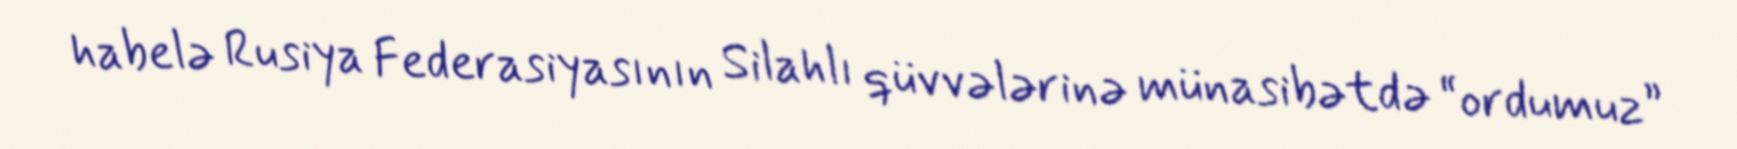
habelə Rusiya Federasiyasının Silahlı qüvvələrinə münasibətdə “ordumuz”